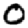
Digit: 0